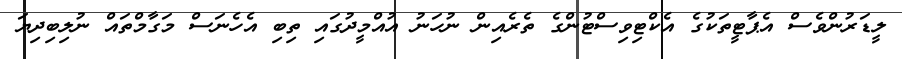
ލީޑަރުންވެސް އެޕާޓީތަކުގެ އެކްޓިވިސްޓުންގެ ތެރެއިން ނުހަނު އުއްމީދުގައި ތިބި އެހެނަސް މަގާމްތައް ނުލިބިދިޔަ